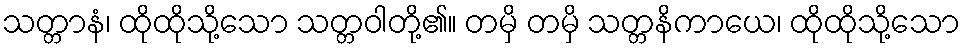
သတ္တာနံ၊ ထိုထိုသို့သော သတ္တဝါတို့၏။ တမှိ တမှိ သတ္တနိကာယေ၊ ထိုထိုသို့သော